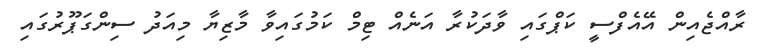
ރާއްޖެއިން އޭއެފްސީ ކަޕްގައި ވާދަކުރާ އަނެއް ޓިމް ކަމުގައިވާ މާޒިޔާ މިއަދު ސިންގަޕޫރުގައި